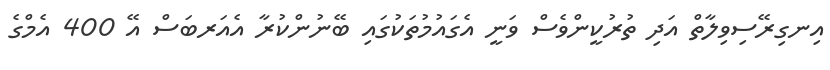
އިނގިރޭސިވިލާތް އަދި ތުރުކީންވެސް ވަނީ އެގައުމުތަކުގައި ބޭނުންކުރާ އެއަރބަސް އޭ 400 އެމްގެ